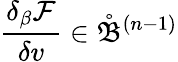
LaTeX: \frac{\delta_{\beta}\mathcal{F}}{\delta v}\in\mathring{\mathfrak{B}}^{(n-1)}